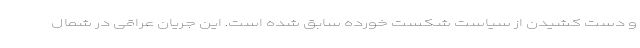
و دست کشیدن از سیاست شکست خورده سابق شده است. این جریان عراقی در شمال